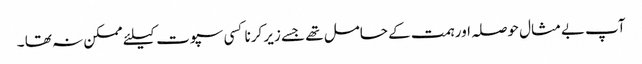
آپ بےمثال حوصلہ اور ہمت کے حامل تھے جسے زیر کرنا کسی سپوت کیلئے ممکن نہ تھا ۔